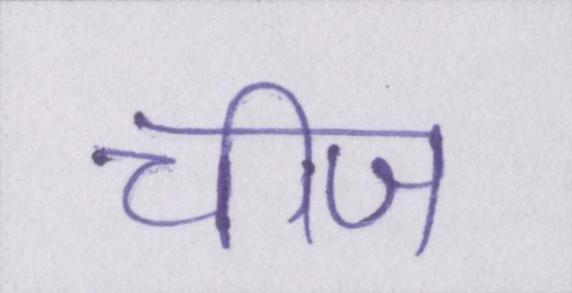
चीज